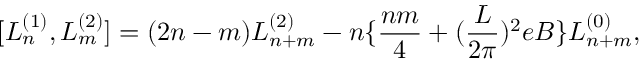
[ L _ { n } ^ { ( 1 ) } , L _ { m } ^ { ( 2 ) } ] = ( 2 n - m ) L _ { n + m } ^ { ( 2 ) } - n \{ \frac { n m } { 4 } + ( \frac { L } { 2 \pi } ) ^ { 2 } e B \} L _ { n + m } ^ { ( 0 ) } ,